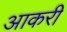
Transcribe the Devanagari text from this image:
आकरी